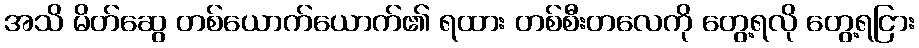
အသိ မိတ်ဆွေ တစ်ယောက်ယောက်၏ ရထား တစ်စီးတလေကို တွေ့ရလို တွေ့ရငြား